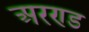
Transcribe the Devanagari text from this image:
अरण्ड